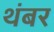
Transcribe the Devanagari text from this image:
थंबर